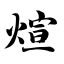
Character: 煊